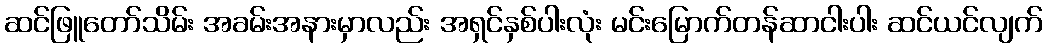
ဆင်ဖြူတော်သိမ်း အခမ်းအနားမှာလည်း အရှင်နှစ်ပါးလုံး မင်းမြောက်တန်ဆာငါးပါး ဆင်ယင်လျက်